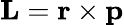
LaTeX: \mathbf{L}=\mathbf{r}\times\mathbf{p}